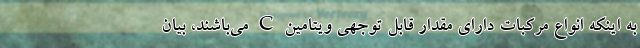
به اینکه انواع مرکبات دارای مقدار قابل توجهی ویتامین C می‌باشند، بیان